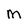
Character: M